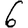
Digit: 6